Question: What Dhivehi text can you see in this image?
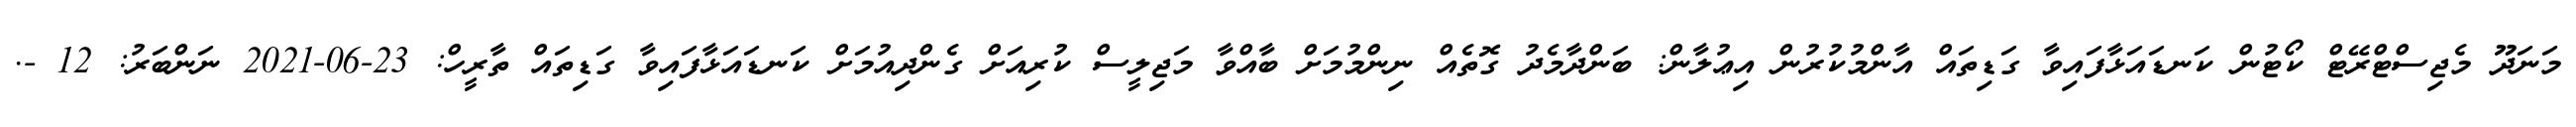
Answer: މަނަދޫ މެޖިސްޓްރޭޓް ކޯޓުން ކަނޑައަޅާފައިވާ ގަޑިތައް އާންމުކުރުން އިޢުލާން: ބަންދާމެދު ގޮތެއް ނިންމުމަށް ބާއްވާ މަޖިލީސް ކުރިއަށް ގެންދިއުމަށް ކަނޑައަޅާފައިވާ ގަޑިތައް ތާރީހް: 23-06-2021 ނަންބަރު: 12 -.